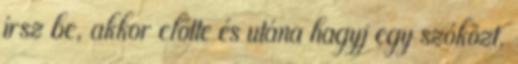
írsz be, akkor előtte és utána hagyj egy szóközt,